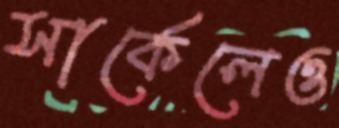
সার্কেলেও